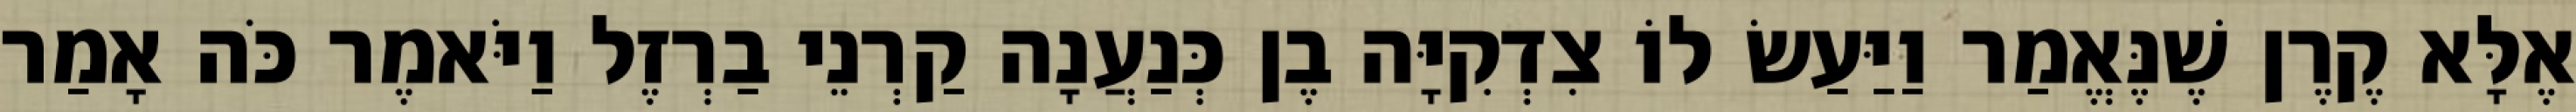
אֶלָּא קֶרֶן שֶׁנֶּאֱמַר וַיַּעַשׂ לוֹ צִדְקִיָּה בֶן כְּנַעֲנָה קַרְנֵי בַרְזֶל וַיֹּאמֶר כֹּה אָמַר